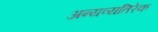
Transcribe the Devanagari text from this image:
अन्यव्यतिरेक